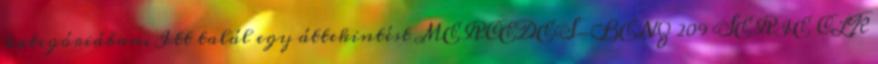
kategóriában. Itt talál egy áttekintést MERCEDES-BENZ 209 SERIE CLK